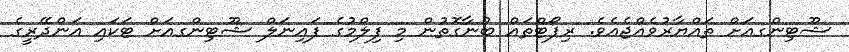
ޝޫޓިންގއަށް ތައްޔާރުވެއްޖެއެވެ. ރިޕޯޓްތައް ބުނާގޮތުން މި ފިލްމުގެ ފައިނަލް ޝޫޓިންގއަށް ޓަކައި އަންދޭރީގެ